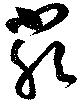
嚴